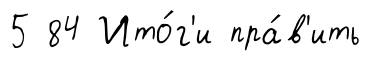
5 84 Ито́г'и пра́в'ить